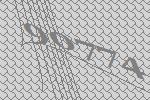
90774